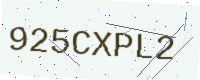
Text: 925CXPL2